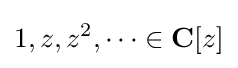
1,z,z^{2},\dots \in \mathbf {C} [z]